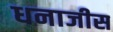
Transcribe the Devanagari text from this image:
धनाजीस